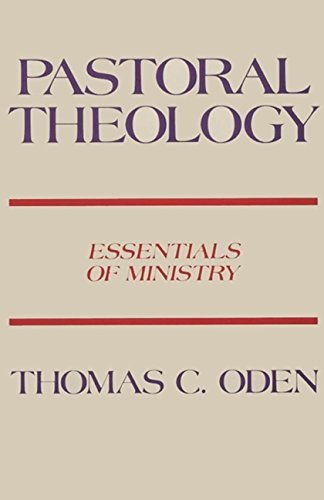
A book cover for Pastoral Theology: Essentials of Ministry; Thomas C. Oden; Reference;